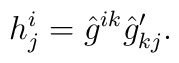
h^i_j = \hat g^{ik} \hat g_{kj}'.